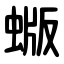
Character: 蝂